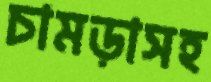
চামড়াসহ